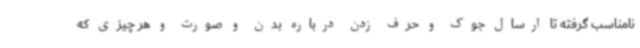
نامناسب گرفته تا ارسال جوک و حرف زدن درباره بدن و صورت و هر چیزی که